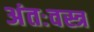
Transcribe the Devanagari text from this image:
अंतःवस्त्र